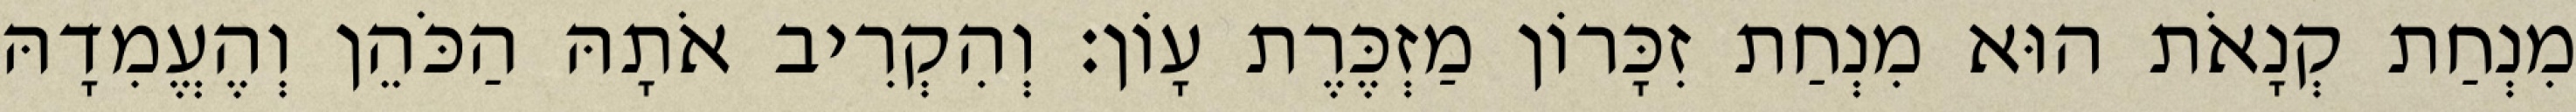
מִנְחַת קְנָאֹת הוּא מִנְחַת זִכָּרוֹן מַזְכֶּרֶת עָוֹן׃ וְהִקְרִיב אֹתָהּ הַכֹּהֵן וְהֶעֱמִדָהּ